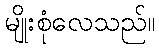
မျိုးစုံလေသည်။